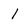
Character: l